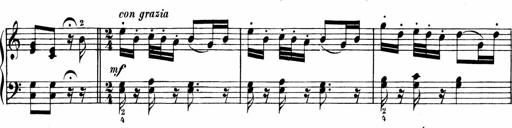
Title: Sonatinen Op.47, 98 und 136, nebst 6 Liedersonatinen
Composer: Carl Reinecke